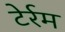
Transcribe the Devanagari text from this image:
टेर्रम